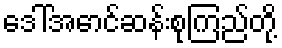
ဒေါ်အောင်ဆန်းစုကြည်တို့